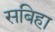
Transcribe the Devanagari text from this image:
सबिहा